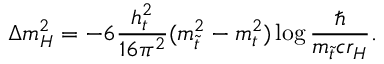
\Delta m _ { H } ^ { 2 } = - 6 \frac { h _ { t } ^ { 2 } } { 1 6 \pi ^ { 2 } } ( m _ { \tilde { t } } ^ { 2 } - m _ { t } ^ { 2 } ) \log \frac { \hbar } { m _ { \tilde { t } } c r _ { H } } .